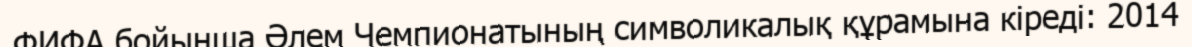
ФИФА бойынша Әлем Чемпионатының символикалық құрамына кіреді: 2014